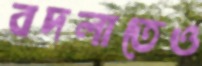
বদলাতেও